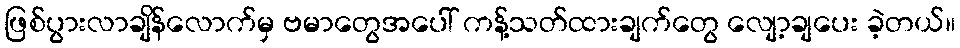
ဖြစ်ပွားလာချိန်လောက်မှ ဗမာတွေအပေါ် ကန့်သတ်ထားချက်တွေ လျော့ချပေး ခဲ့တယ်။